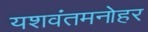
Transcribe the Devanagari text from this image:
यशवंतमनोहर